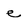
Character: e